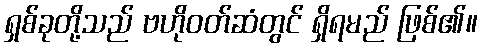
ရှစ်ခုတို့သည် ဗဟိုဝတ်ဆံတွင် ရှိရမည် ဖြစ်၏။